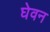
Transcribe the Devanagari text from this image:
घेवन